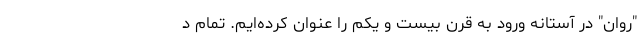
"روان" در آستانه ورود به قرن بیست و یکم را عنوان کرده‌ایم. تمام د